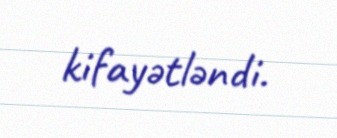
kifayətləndi.